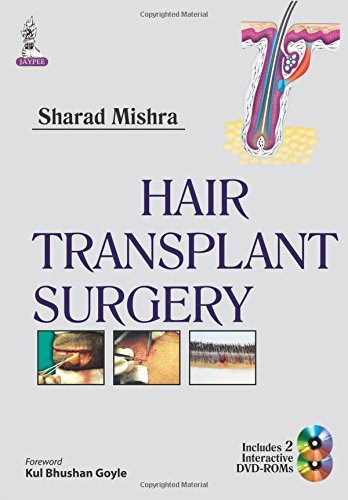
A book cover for Hair Transplant Surgery; Sharad Mishra; Health, Fitness & Dieting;